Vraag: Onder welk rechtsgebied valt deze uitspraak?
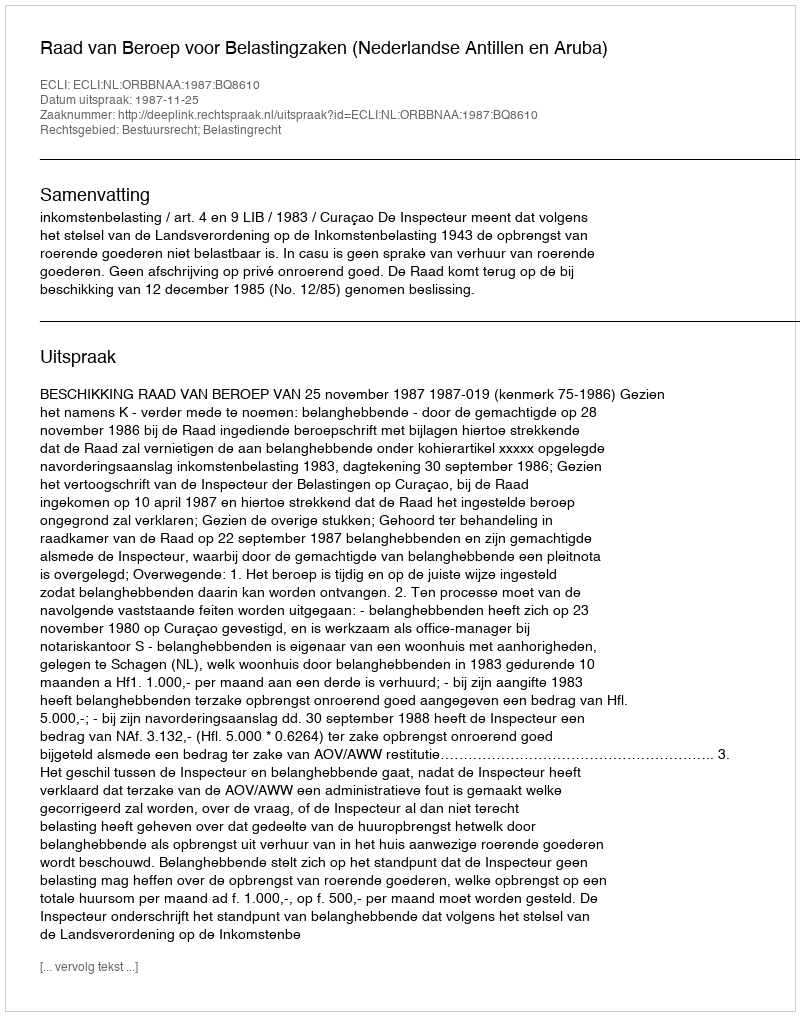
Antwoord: Bestuursrecht; Belastingrecht